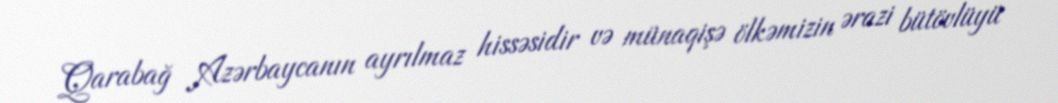
Qarabağ Azərbaycanın ayrılmaz hissəsidir və münaqişə ölkəmizin ərazi bütövlüyü